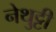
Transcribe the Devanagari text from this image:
नेथुट्टी